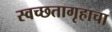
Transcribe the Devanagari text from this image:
स्वच्छतागृहाचा